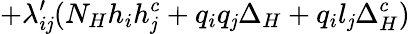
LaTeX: +{\lambda_{i\mathit{j}}^{\prime}}({N_{H}}{h_{i}}{h_{\mathit{j}}^{c}}+{q_{i}}{q_{\mathit{j}}}{\Delta_{H}}+{q_{i}}{l_{\mathit{j}}}{\Delta_{H}^{c}})